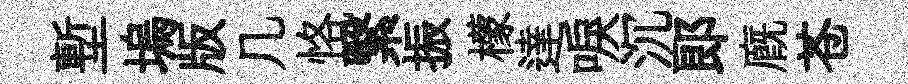
塹塢版几恪繄振檬達唳沉郞廐苍